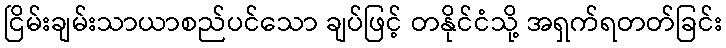
ငြိမ်းချမ်းသာယာစည်ပင်သော ချပ်ဖြင့် တနိုင်ငံသို့ အရှက်ရတတ်ခြင်း